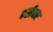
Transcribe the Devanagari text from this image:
बसीबार